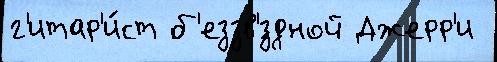
г'итар'и́ст б'еззв'́здной Джерр'и